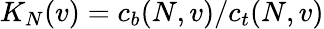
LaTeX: K_{N}(v)=c_{b}(N,v)/c_{t}(N,v)